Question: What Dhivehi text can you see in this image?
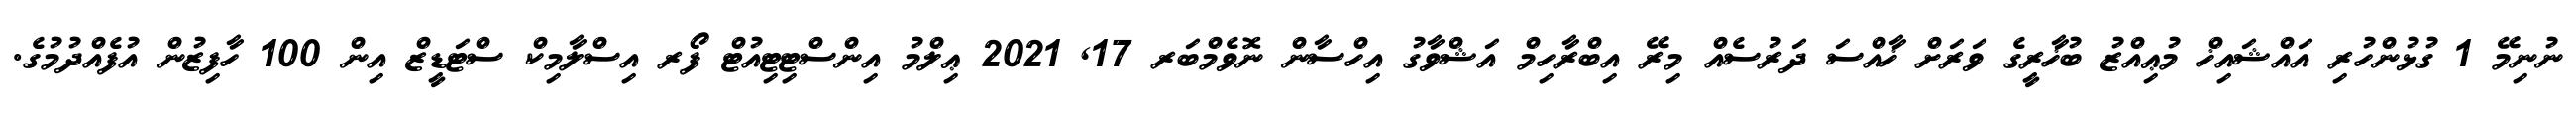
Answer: ނުނިމޭ 1 ގުޅުންހުރި އައްޝައިޚް މުޢިއްޒު ބުޚާރީގެ ވަރަށް ޚާއްސަ ދަރުސެއް މިރޭ އިބްރާހިމް އަޝްވާގު އިހްސާން ނޮވެމްބަރ 17, 2021 ޢިލްމު އިންސްޓިޓިއުޓް ފޯރ އިސްލާމިކް ސްޓަޑީޒް އިން 100 ހާފިޒުން އުފެއްދުމުގެ.